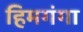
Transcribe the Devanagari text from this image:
हिमगंगा